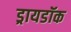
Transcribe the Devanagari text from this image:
ड्रायडॉक